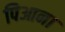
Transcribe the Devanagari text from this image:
पिआना